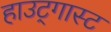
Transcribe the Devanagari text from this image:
हाउट्गास्ट